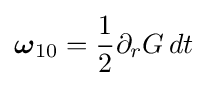
{\boldsymbol {\omega }}_{10}={\frac {1}{2}}\partial _{r}G\,dt